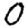
Digit: 0